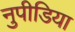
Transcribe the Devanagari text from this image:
नुपीडिया